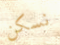
نسكن